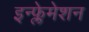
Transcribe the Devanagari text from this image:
इन्फ्लेमेशन